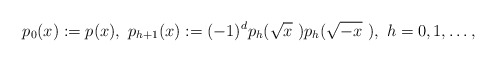
\begin{align*} p_0(x):=p(x),~p_{h+1}(x):=(-1)^ dp_h(\sqrt x~)p_h(\sqrt{-x}~),~h=0,1,\dots,\end{align*}